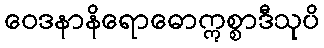
ဝေဒနာနိရောဓောဣစ္စာဒီသုပိ